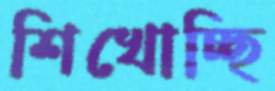
শিখোচ্ছি